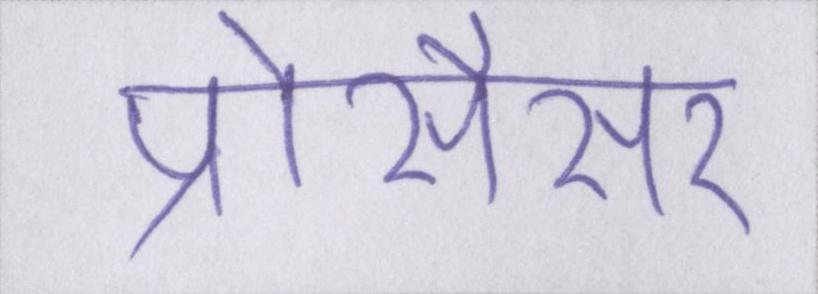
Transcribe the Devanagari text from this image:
प्रोसैसर